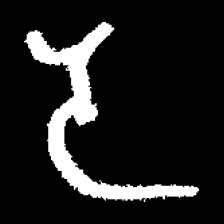
Pyu character \u2014 Myanmar letter: ဒ (romanized: da)